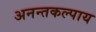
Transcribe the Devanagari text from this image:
अनन्तकल्पाय